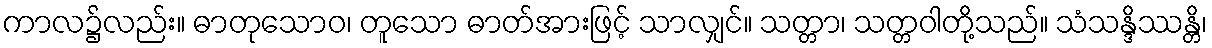
ကာလ၌လည်း။ ဓာတုသောဝ၊ တူသော ဓာတ်အားဖြင့် သာလျှင်။ သတ္တာ၊ သတ္တဝါတို့သည်။ သံသန္ဒိဿန္တိ၊